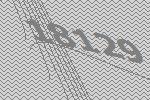
18129